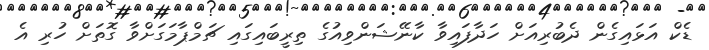
ޑެކް އަޅައިގެން ދެބުރިއަށް ހަދާފައިވާ ކާނޭޝަންވިއުގެ ތިރީބައިގައި ޗަމްޕާމަގަށްވާ ގޮތަށް ހުރި އެ